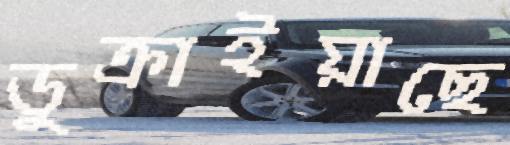
ডুক্‌রাইয়াছে